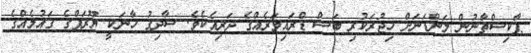
ޕާކިސްތާނުން ލަންޑަނަށް ހިޖުރަކުރި ބަސް ޑްރައިވަރެއްގެ ދަރިއެކެވެ. ސާދިގު ޚާނަކީ ޔޫރަޕްގެ ގައުމެއްގެ